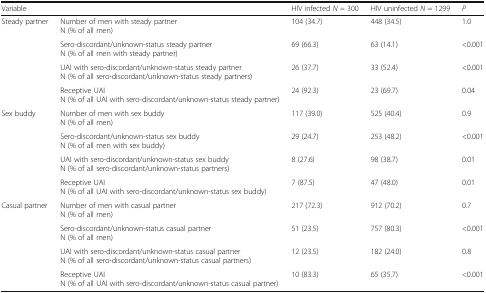
<table><thead><tr><td colspan="2"><b>Variable</b></td><td><b>HIV infected <i>N</i> = 300</b></td><td><b>HIV uninfected <i>N</i> = 1299</b></td><td><b><i>P</i></b></td></tr></thead><tbody><tr><td rowspan="4">Steady partner</td><td>Number of men with steady partnerN (% of all men)</td><td>104 (34.7)</td><td>448 (34.5)</td><td>1.0</td></tr><tr><td>Sero-discordant/unknown-status steady partnerN (% of all men with steady partner)</td><td>69 (66.3)</td><td>63 (14.1)</td><td>&lt;0.001</td></tr><tr><td>UAI with sero-discordant/unknown-status steady partnerN (% of all sero-discordant/unknown-status steady partners)</td><td>26 (37.7)</td><td>33 (52.4)</td><td>&lt;0.001</td></tr><tr><td>Receptive UAIN (% of all UAI with sero-discordant/unknown-status steady partner)</td><td>24 (92.3)</td><td>23 (69.7)</td><td>0.04</td></tr><tr><td rowspan="4">Sex buddy</td><td>Number of men with sex buddyN (% of all men)</td><td>117 (39.0)</td><td>525 (40.4)</td><td>0.9</td></tr><tr><td>Sero-discordant/unknown-status sex buddyN (% of all men with sex buddy)</td><td>29 (24.7)</td><td>253 (48.2)</td><td>&lt;0.001</td></tr><tr><td>UAI with sero-discordant/unknown-status sex buddyN (% of all sero-discordant/unknown-status partners)</td><td>8 (27.6)</td><td>98 (38.7)</td><td>0.01</td></tr><tr><td>Receptive UAIN (% of all UAI with sero-discordant/unknown-status sex buddy)</td><td>7 (87.5)</td><td>47 (48.0)</td><td>0.01</td></tr><tr><td rowspan="4">Casual partner</td><td>Number of men with casual partnerN (% of all men)</td><td>217 (72.3)</td><td>912 (70.2)</td><td>0.7</td></tr><tr><td>Sero-discordant/unknown-status casual partnerN (% of all men)</td><td>51 (23.5)</td><td>757 (80.3)</td><td>&lt;0.001</td></tr><tr><td>UAI with sero-discordant/unknown-status casual partnerN (% of all sero-discordant/unknown-status casual partners)</td><td>12 (23.5)</td><td>182 (24.0)</td><td>0.8</td></tr><tr><td>Receptive UAIN (% of all UAI with sero-discordant/unknown-status casual partner)</td><td>10 (83.3)</td><td>65 (35.7)</td><td>&lt;0.001</td></tr></tbody></table>